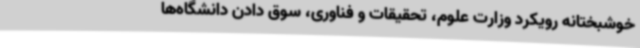
خوشبختانه رویکرد وزارت علوم، تحقیقات و فناوری، سوق دادن دانشگاه‌ها